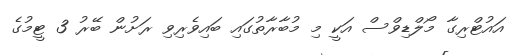
އައުޓްރިގާ މޯލްޑިވްސް އަކީ މި މުބާރާތުގައި ބައިވެރިިވި ރަށުން ބޭރު 3 ޓީމުގެ